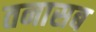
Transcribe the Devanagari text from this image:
तनासब